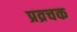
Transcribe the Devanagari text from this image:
प्रव्रचक